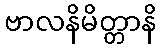
ဗာလနိမိတ္တာနိ